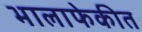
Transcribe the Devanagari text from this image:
भालाफेकीत